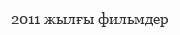
2011 жылғы фильмдер